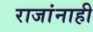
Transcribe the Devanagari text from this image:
राजांनाही